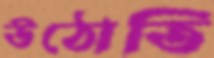
উঠোতি